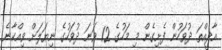
އާދީއްތަ ދުވަހުން ފެށިގެން މި މަހުގެ 12 ވަނަ ދުވަހުގެ ނިޔަލަށް ވިއްކާނެ